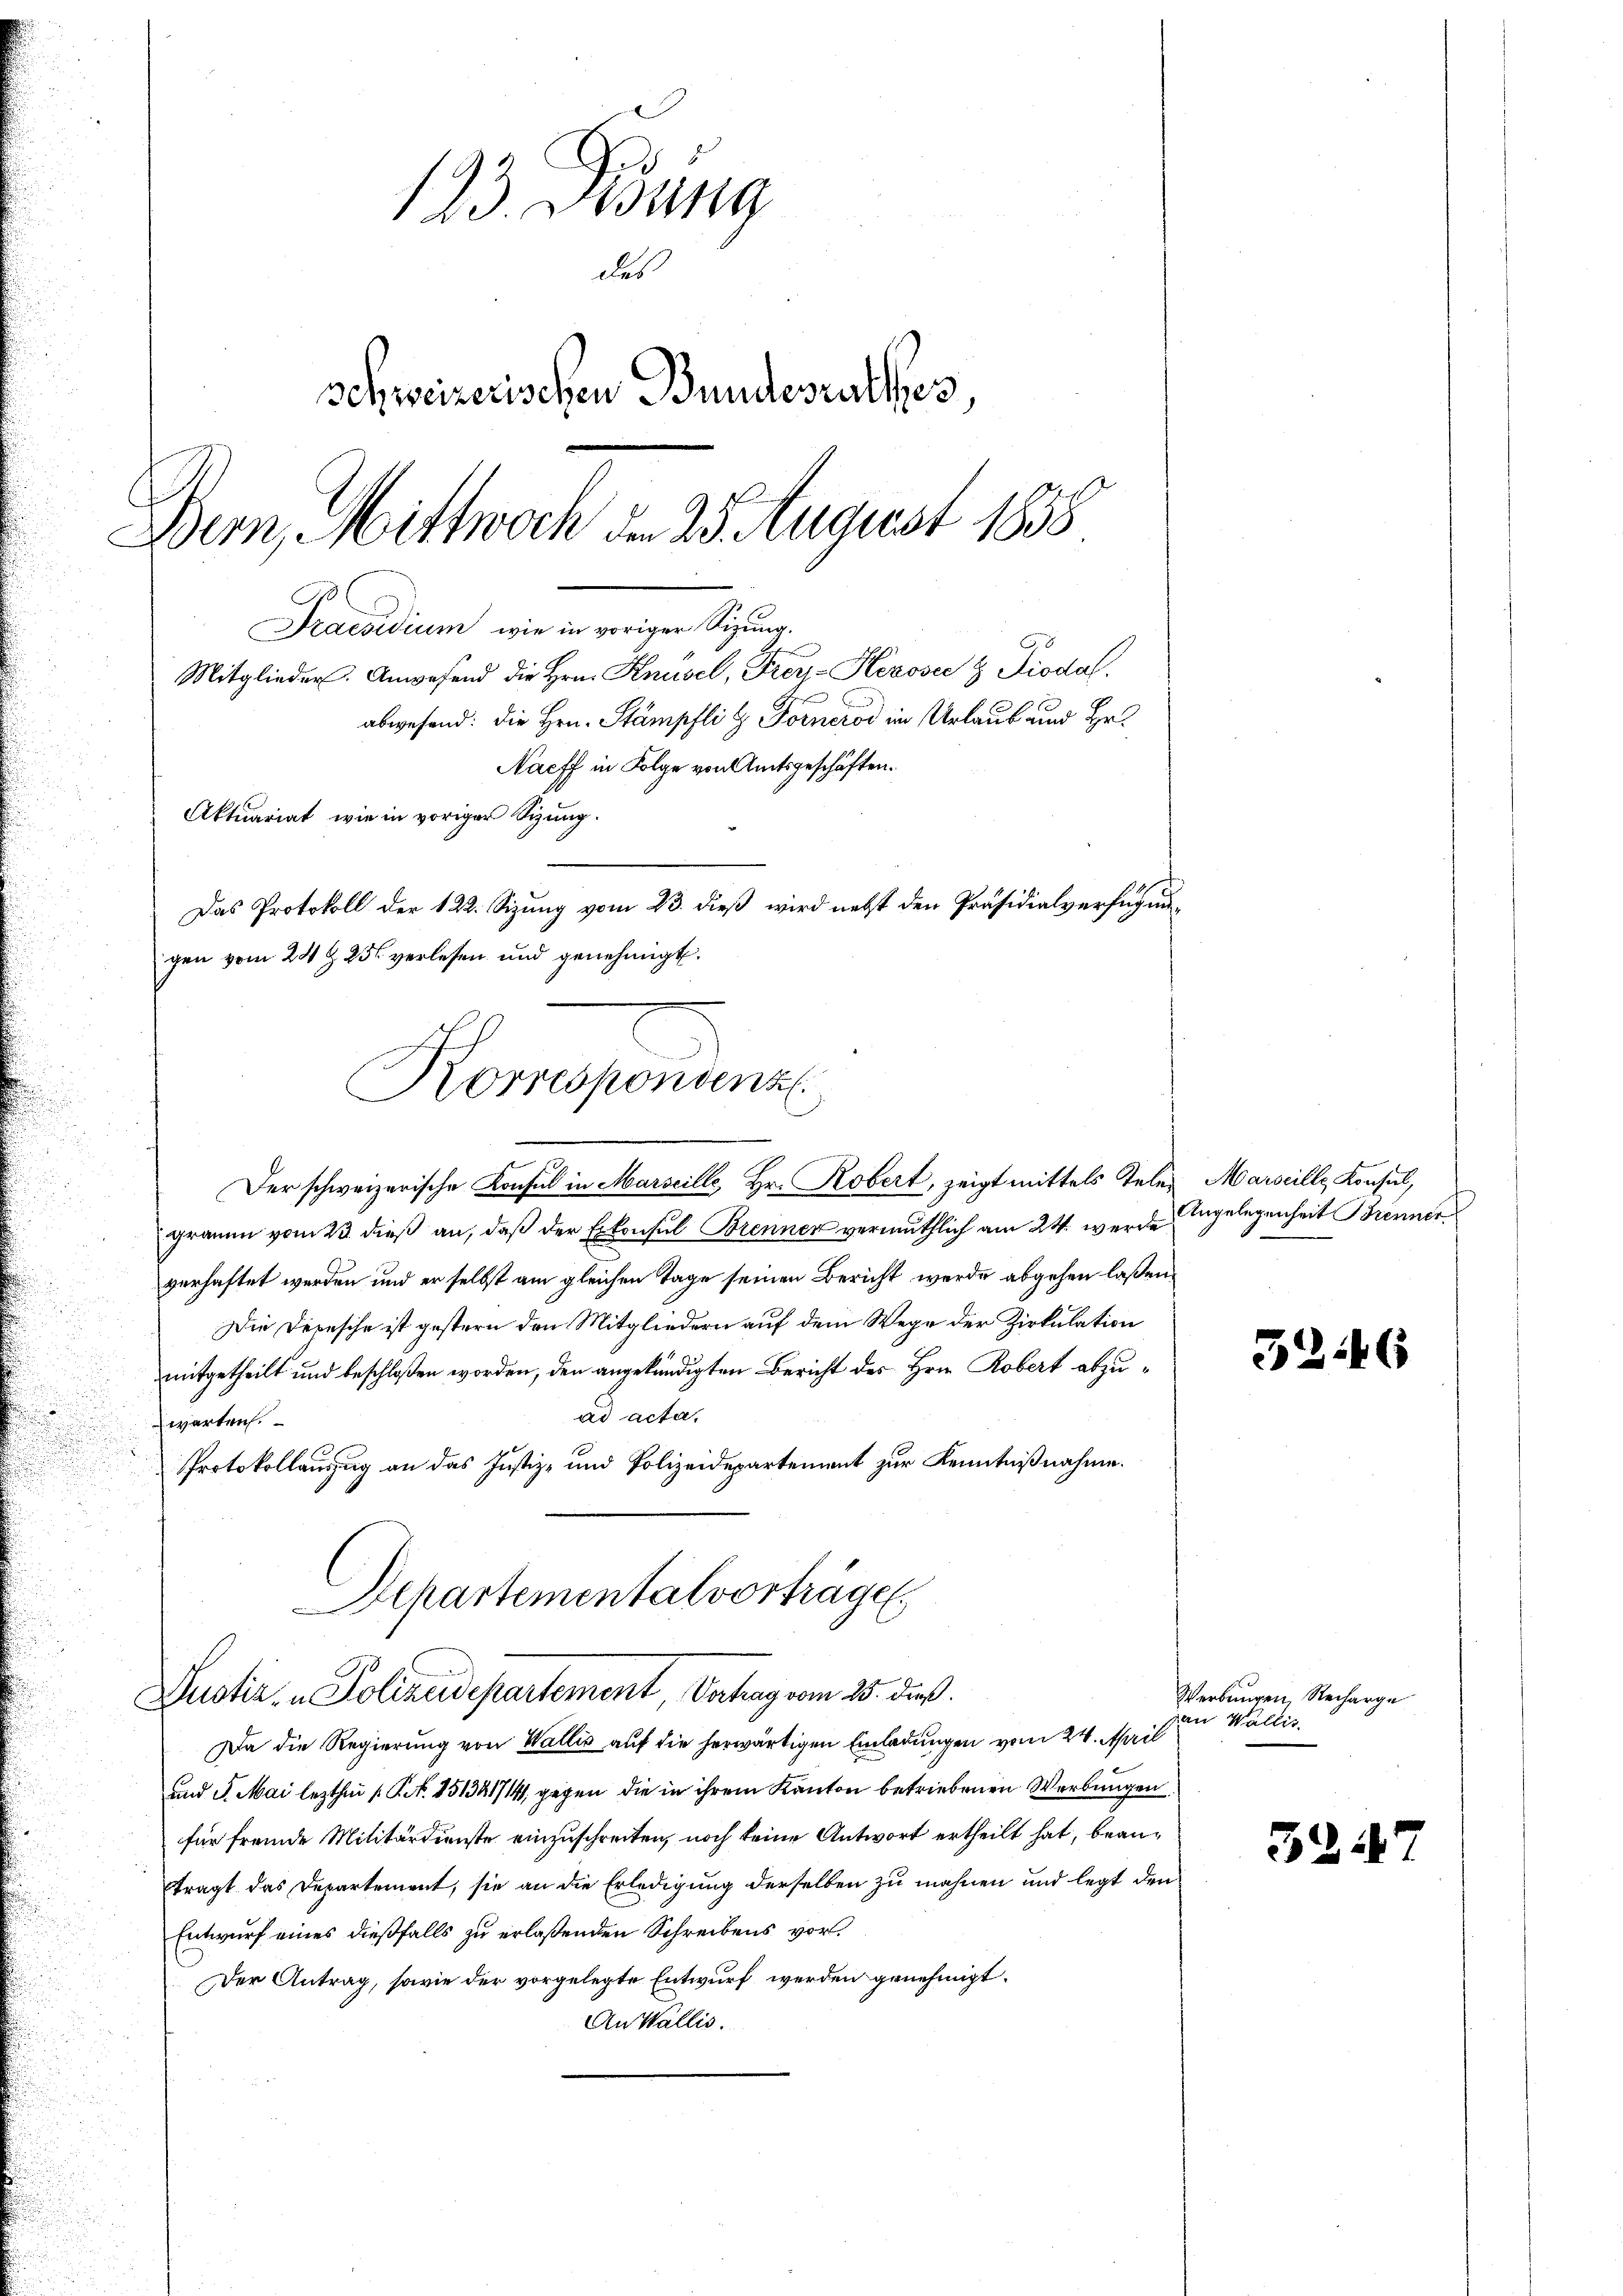
123. Jung
des
schweizerischen Bundesrathes
Bern, Mittwoch den 25. August 1838
Praesidium, wie in voriger Sitzung.
n
Mitglieder. Anwesend die Hrn. Knüsel, Frey-Hezoser & Diodal
abwesend: die Hrn. Stämpfli G. Fornerod in Urlaub und Hr.
Nacff in Folge von Amtsgeschäften.
Aktuariat, wie in voriger Sizung.
Das Protokoll der 122. Sizung vom 23. dieß wird nebst den Präsidialverfügunigen vom 28 t 25. verlesen und genehmigt.

Korrespondenz
n
Der schweizerische Konsul in Marseille Hr. Robert, zeigt mittels Tele¬

Justiz- & Polizeidepartement Catag vom 25. dieß.

grauen vom 23. dieß an, daß der Erkonsul Brenner vermuthlich am 24. wurde Angelegenheit Brenner
verhaftet werden und er selbst am gleichen Tage seinen Bericht werde abgehen laßen,
Die Depesche ist gestern den Mitgliedern auf dem Wege der Zirkulation
mitgetheilt und beschloßen worden, den angekündigten Bericht des Hrn. Robert abzuad acta.
warten.
Protokollauszug an das Justiz- und Polizeidepartement zur Kenntnißnahme.
Departementalvorträge

Da die Regierung von Wallis auf die herwärtigen Einladungen vom 24. April
und 5. Mai lezthin /: Kt. 151341714, gegen die in ihrem Kanton betriebenen Werbungen
für fremde Militärdienste einzuschreiten, noch keine Antwort ertheilt hat, beantragt das Departement, sie an die Erledigung derselben zu mahnen und legt den
Entwurf eines dießfalls zu erlaßenden Schreibens vor¬
Der Antrag, sowie der vorgelegte Entwurf werden genehmigt.
An Wallis.

Marseille Konsul,

32.

6

Werbungen, Recharge
zan Wallis.

52117